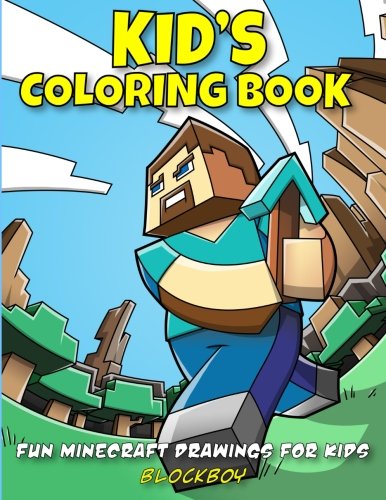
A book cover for Kid's Coloring Book: Fun Minecraft Drawings for Kids; BlockBoy; Humor & Entertainment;